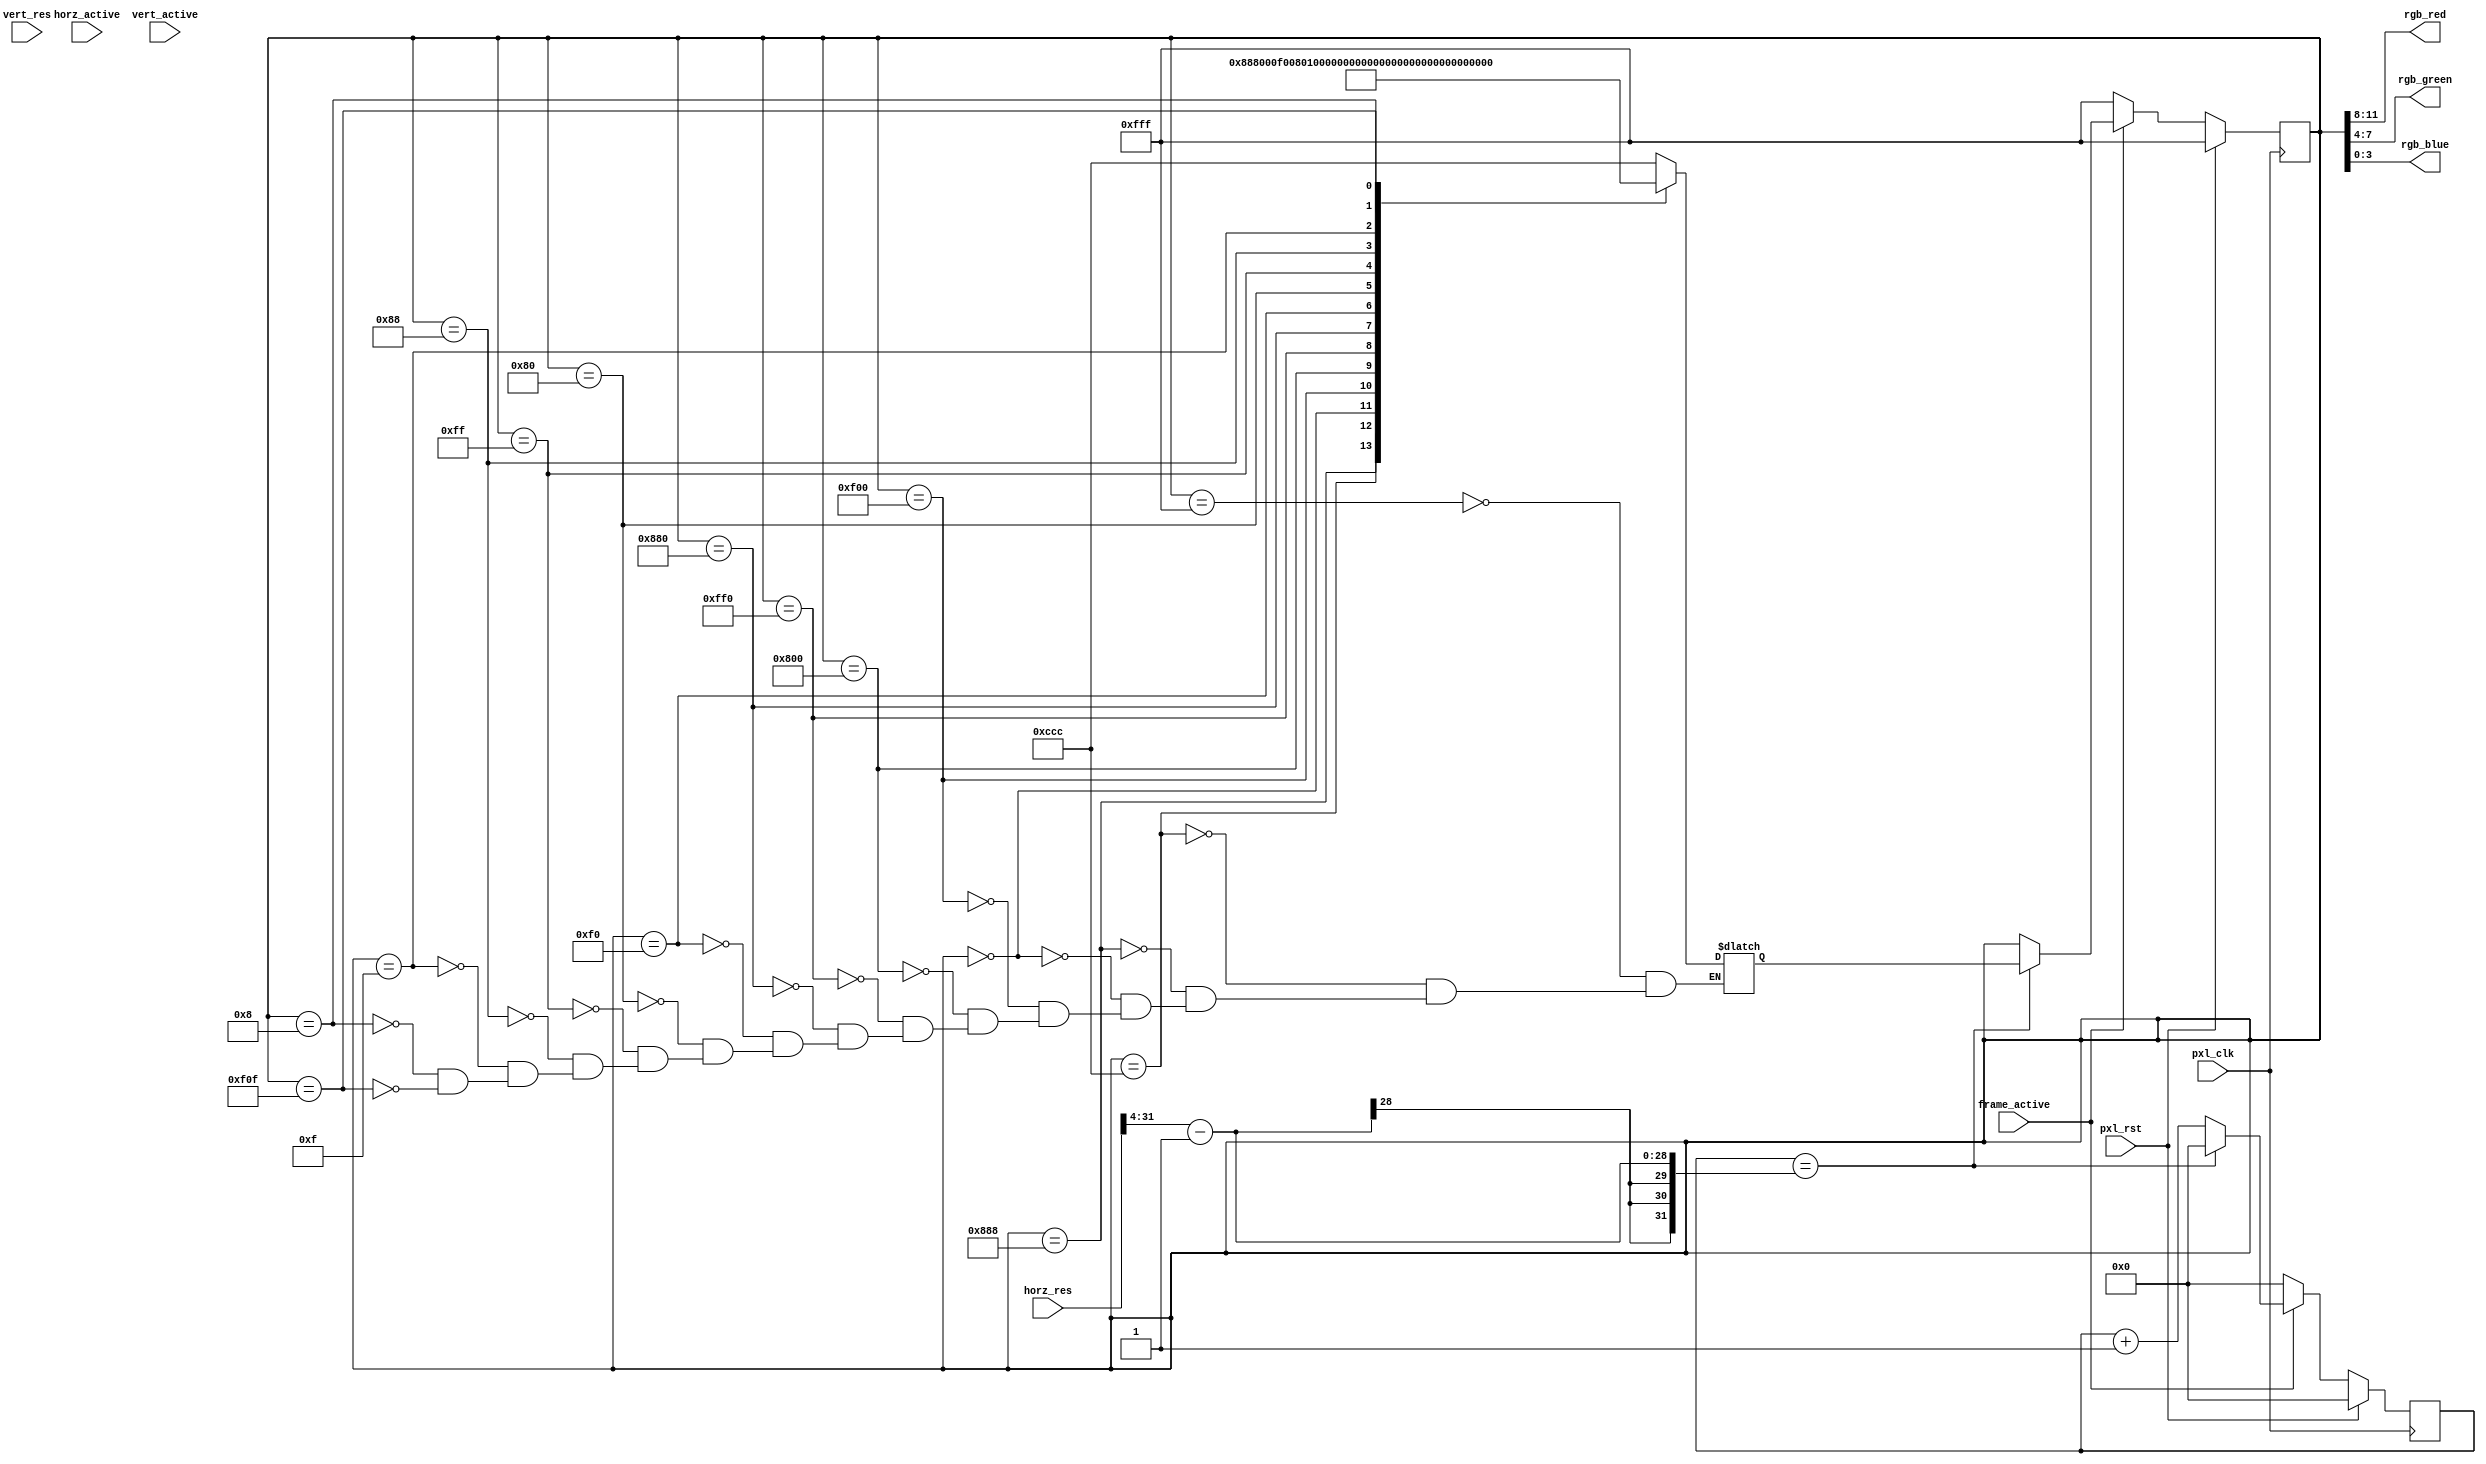
module vga_test_gen #(
  parameter   ILA_VGA_PATTERN     = 0
)
(
  input   wire          pxl_clk,
  input   wire          pxl_rst,

  // This pattern generator currently only supports 640x480 resolutions. It will
  // certainly put pixels on the screen with other resolutions, but none of the
  // results are what would be expected
  input   wire  [31:0]  horz_res,
  input   wire  [31:0]  vert_res,

  input   wire          horz_active,
  input   wire          vert_active,
  input   wire          frame_active,

  output  wire   [3:0]  rgb_red,
  output  wire   [3:0]  rgb_green,
  output  wire   [3:0]  rgb_blue
);

  localparam    COLOR0  = 12'hFFF;
  localparam    COLOR1  = 12'hCCC;
  localparam    COLOR2  = 12'h888;
  localparam    COLOR3  = 12'h000;
  localparam    COLOR4  = 12'hF00;
  localparam    COLOR5  = 12'h800;
  localparam    COLOR6  = 12'hFF0;
  localparam    COLOR7  = 12'h880;
  localparam    COLOR8  = 12'h0F0;
  localparam    COLOR9  = 12'h080;
  localparam    COLOR10 = 12'h0FF;
  localparam    COLOR11 = 12'h088;
  localparam    COLOR12 = 12'h00F;
  localparam    COLOR13 = 12'h008;
  localparam    COLOR14 = 12'hF0F;
  localparam    COLOR15 = 12'h808;

  reg   [31:0]        horz_cnt;
  reg   [31:0]        vert_cnt;

  reg   [11:0]        rgb_color;
  reg   [11:0]        rgb_color_next;   

  // Column width is just the horizontal resolution, divided into eight vertical
  // bars
  wire  [31:0]        bar_width;
  assign bar_width    = horz_res >> 4;

  assign rgb_red      = rgb_color[11:8];
  assign rgb_green    = rgb_color[7:4];
  assign rgb_blue     = rgb_color[3:0];

  always @(*) begin
    case (rgb_color)
      COLOR0:  begin rgb_color_next = COLOR1;  end
      COLOR1:  begin rgb_color_next = COLOR2;  end
      COLOR2:  begin rgb_color_next = COLOR3;  end
      COLOR3:  begin rgb_color_next = COLOR4;  end
      COLOR4:  begin rgb_color_next = COLOR5;  end
      COLOR5:  begin rgb_color_next = COLOR6;  end
      COLOR6:  begin rgb_color_next = COLOR7;  end
      COLOR7:  begin rgb_color_next = COLOR8;  end
      COLOR8:  begin rgb_color_next = COLOR9;  end
      COLOR9:  begin rgb_color_next = COLOR10; end
      COLOR10: begin rgb_color_next = COLOR11; end
      COLOR11: begin rgb_color_next = COLOR12; end
      COLOR12: begin rgb_color_next = COLOR13; end
      COLOR13: begin rgb_color_next = COLOR14; end
      COLOR14: begin rgb_color_next = COLOR15; end
      default: begin end
    endcase
  end

  always @(posedge pxl_clk) begin
    if ( pxl_rst == 1'b1 ) begin
      rgb_color       <= COLOR0;
      horz_cnt        <= 32'd0;
      vert_cnt        <= 32'd0;
    end else begin
      if ( frame_active == 1'b1 ) begin
        if ( horz_cnt == ( bar_width - 32'd1 ) ) begin
          horz_cnt    <= 32'd0;
          rgb_color   <= rgb_color_next;
        end else begin
          horz_cnt    <= horz_cnt + 32'd1;
          rgb_color   <= rgb_color;
        end
      end else begin
        horz_cnt      <= 32'd0;
        rgb_color     <= COLOR0;
      end
    end
  end

  generate
    if ( ILA_VGA_PATTERN == 1 ) begin
      ila_vga_test_gen //#(
      //)
      ila_vga_test_gen_i0 (
        .clk            (pxl_clk),
        .probe0         (pxl_rst),				// input  reg
        .probe1         (horz_cnt),				// [31:0]
        .probe2         (vert_cnt),				// [31:0]
        .probe3         (horz_active),		// input  wire
        .probe4         (vert_active),		// input  wire
        .probe5         (frame_active),		// input  wire
        .probe6         (rgb_red),				// output reg [31:0]
        .probe7         (rgb_green),			// output reg [31:0]
        .probe8         (rgb_blue)				// output reg [31:0]
      );
    end
  endgenerate

endmodule